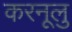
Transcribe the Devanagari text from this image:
करनूलु